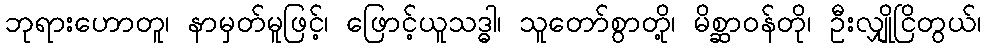
ဘုရားဟောတူ၊ နာမှတ်မူဖြင့်၊ ဖြောင့်ယူသဒ္ဓါ၊ သူတော်စွာတို့၊ မိစ္ဆာဝန်တို၊ ဦးလျှိုငြိတွယ်၊